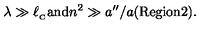
\lambda \gg \ell _ { _ \mathrm { C } } { \mathrm { a n d } } n ^ { 2 } \gg a ^ { \prime \prime } / a ( \mathrm { { R e g i o n 2 } } ) .